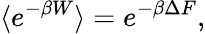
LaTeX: \langle e^{-\beta W}\rangle=e^{-\beta\Delta F},